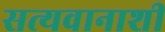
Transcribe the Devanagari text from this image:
सत्यवानाशी